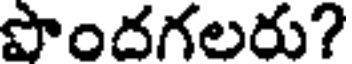
పొందగలరు?